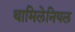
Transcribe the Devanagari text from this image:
थामिलेनियल